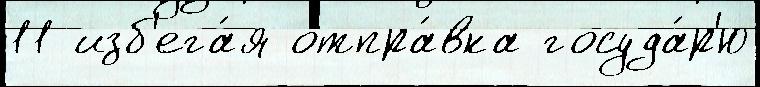
11 изб'ега́я отпра́вка госуда́р'ю